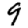
Digit: 9